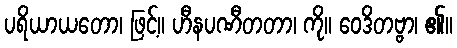
ပရိယာယတော၊ ဖြင့်။ ဟီနပဏီတတာ၊ ကို။ ဝေဒိတဗ္ဗာ၊ ၏။